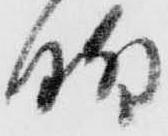
脚